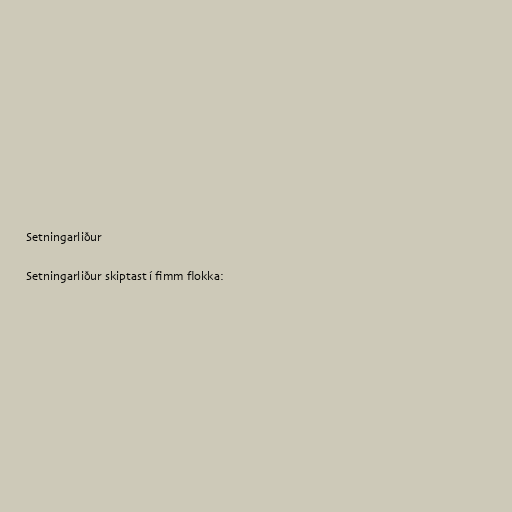
Setningarliður

Setningarliður skiptast í fimm flokka: